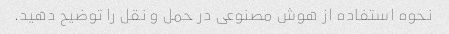
نحوه استفاده از هوش مصنوعی در حمل و نقل را توضیح دهید.